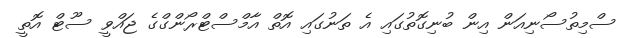
ސްމިތުސޯނިއަން އިން ބުނިގޮތުގައި އެ ތަނުގައި އޮތް އާމްސްޓްރޯންގްގެ ޖައްވީ ސޫޓް އޮތީ